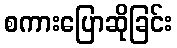
စကားပြောဆိုခြင်း